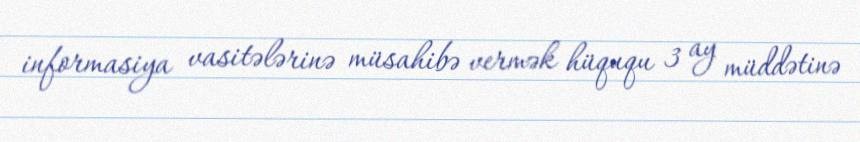
informasiya vasitələrinə müsahibə vermək hüququ 3 ay müddətinə